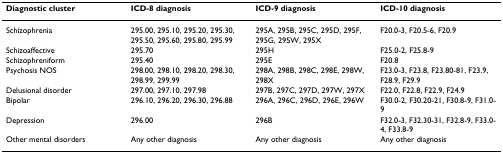
<table><thead><tr><td><b>Diagnostic cluster </b></td><td><b>ICD-8 diagnosis </b></td><td><b>ICD-9 diagnosis </b></td><td><b>ICD-10 diagnosis </b></td></tr></thead><tbody><tr><td>Schizophrenia</td><td>295.00, 295.10, 295.20, 295.30, 295.50, 295.60, 295.80, 295.99</td><td>295A, 295B, 295C, 295D, 295F, 295G, 295W, 295X</td><td>F20.0-3, F20.5-6, F20.9</td></tr><tr><td>Schizoaffective</td><td>295.70</td><td>295H</td><td>F25.0-2, F25.8-9</td></tr><tr><td>Schizophreniform</td><td>295.40</td><td>295E</td><td>F20.8</td></tr><tr><td>Psychosis NOS</td><td>298.00, 298.10, 298.20, 298.30, 298.99, 299.99</td><td>298A, 298B, 298C, 298E, 298W, 298X</td><td>F23.0-3, F23.8, F23.80-81, F23.9, F28.9, F29.9</td></tr><tr><td>Delusional disorder</td><td>297.00, 297.10, 297.98</td><td>297B, 297C, 297D, 297W, 297X</td><td>F22.0, F22.8, F22.9, F24.9</td></tr><tr><td>Bipolar</td><td>296.10, 296.20, 296.30, 296.88</td><td>296A, 296C, 296D, 296E, 296W</td><td>F30.0-2, F30.20-21, F30.8-9, F31.0-9</td></tr><tr><td>Depression</td><td>296.00</td><td>296B</td><td>F32.0-3, F32.30-31, F32.8-9, F33.0-4, F33.8-9</td></tr><tr><td>Other mental disorders</td><td>Any other diagnosis</td><td>Any other diagnosis</td><td>Any other diagnosis</td></tr></tbody></table>